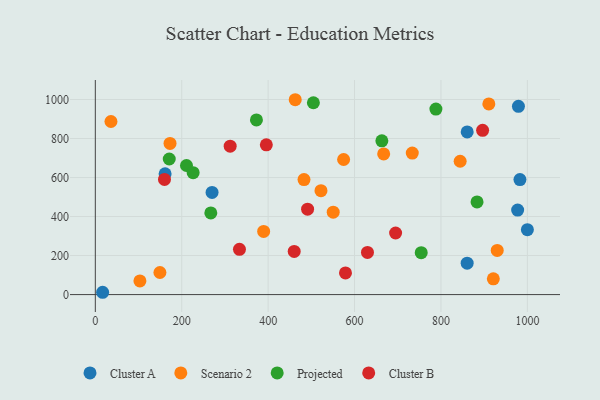
{"axis": {"x": "Distance", "y": "Exam Score"}, "legend": ["Cluster A", "Cluster B", "Projected", "Scenario 2"], "data": [{"x": "977.5", "y": 433.3, "type": "Cluster A"}, {"x": "979.3", "y": 964.9, "type": "Cluster A"}, {"x": "1000.0", "y": 332.6, "type": "Cluster A"}, {"x": "161.5", "y": 619.1, "type": "Cluster A"}, {"x": "860.6", "y": 161.1, "type": "Cluster A"}, {"x": "16.9", "y": 11.8, "type": "Cluster A"}, {"x": "860.7", "y": 834.0, "type": "Cluster A"}, {"x": "270.2", "y": 523.7, "type": "Cluster A"}, {"x": "982.8", "y": 589.5, "type": "Cluster A"}, {"x": "574.7", "y": 692.5, "type": "Scenario 2"}, {"x": "930.2", "y": 226.3, "type": "Scenario 2"}, {"x": "910.8", "y": 977.6, "type": "Scenario 2"}, {"x": "550.6", "y": 422.4, "type": "Scenario 2"}, {"x": "172.9", "y": 775.0, "type": "Scenario 2"}, {"x": "103.2", "y": 69.8, "type": "Scenario 2"}, {"x": "921.2", "y": 81.0, "type": "Scenario 2"}, {"x": "733.6", "y": 725.3, "type": "Scenario 2"}, {"x": "483.0", "y": 589.8, "type": "Scenario 2"}, {"x": "844.4", "y": 683.6, "type": "Scenario 2"}, {"x": "667.4", "y": 720.9, "type": "Scenario 2"}, {"x": "149.5", "y": 113.1, "type": "Scenario 2"}, {"x": "462.7", "y": 998.9, "type": "Scenario 2"}, {"x": "389.6", "y": 323.6, "type": "Scenario 2"}, {"x": "522.3", "y": 532.7, "type": "Scenario 2"}, {"x": "36.2", "y": 887.2, "type": "Scenario 2"}, {"x": "754.3", "y": 215.0, "type": "Projected"}, {"x": "211.0", "y": 661.7, "type": "Projected"}, {"x": "372.9", "y": 895.5, "type": "Projected"}, {"x": "788.3", "y": 951.2, "type": "Projected"}, {"x": "226.4", "y": 624.8, "type": "Projected"}, {"x": "883.5", "y": 475.1, "type": "Projected"}, {"x": "267.3", "y": 418.6, "type": "Projected"}, {"x": "663.2", "y": 788.2, "type": "Projected"}, {"x": "504.7", "y": 983.3, "type": "Projected"}, {"x": "171.1", "y": 695.0, "type": "Projected"}, {"x": "629.9", "y": 216.1, "type": "Cluster B"}, {"x": "579.0", "y": 111.1, "type": "Cluster B"}, {"x": "460.3", "y": 221.0, "type": "Cluster B"}, {"x": "896.4", "y": 841.9, "type": "Cluster B"}, {"x": "395.8", "y": 767.7, "type": "Cluster B"}, {"x": "160.1", "y": 590.5, "type": "Cluster B"}, {"x": "333.6", "y": 232.0, "type": "Cluster B"}, {"x": "695.0", "y": 315.7, "type": "Cluster B"}, {"x": "312.1", "y": 760.9, "type": "Cluster B"}, {"x": "491.3", "y": 437.8, "type": "Cluster B"}]}